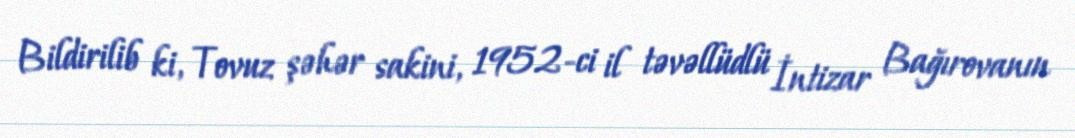
Bildirilib ki, Tovuz şəhər sakini, 1952-ci il təvəllüdlü İntizar Bağırovanın